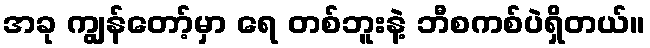
အခု ကျွန်တော့်မှာ ရေ တစ်ဘူးနဲ့ ဘီစကစ်ပဲရှိတယ်။